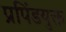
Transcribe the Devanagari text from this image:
प्रपिंडयुक्त